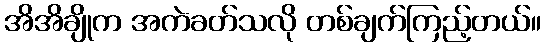
အိအိချိုက အကဲခတ်သလို တစ်ချက်ကြည့်တယ်။